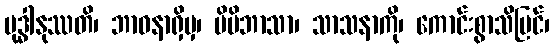
ဗုဒ္ဓါနုဿတိ၊ ဘာဝနာရှိမှ၊ မိမိဘာသာ၊ သာသနာကို၊ ကောင်းစွာသိမြင်၊